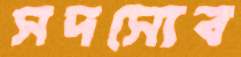
সদস্যেব